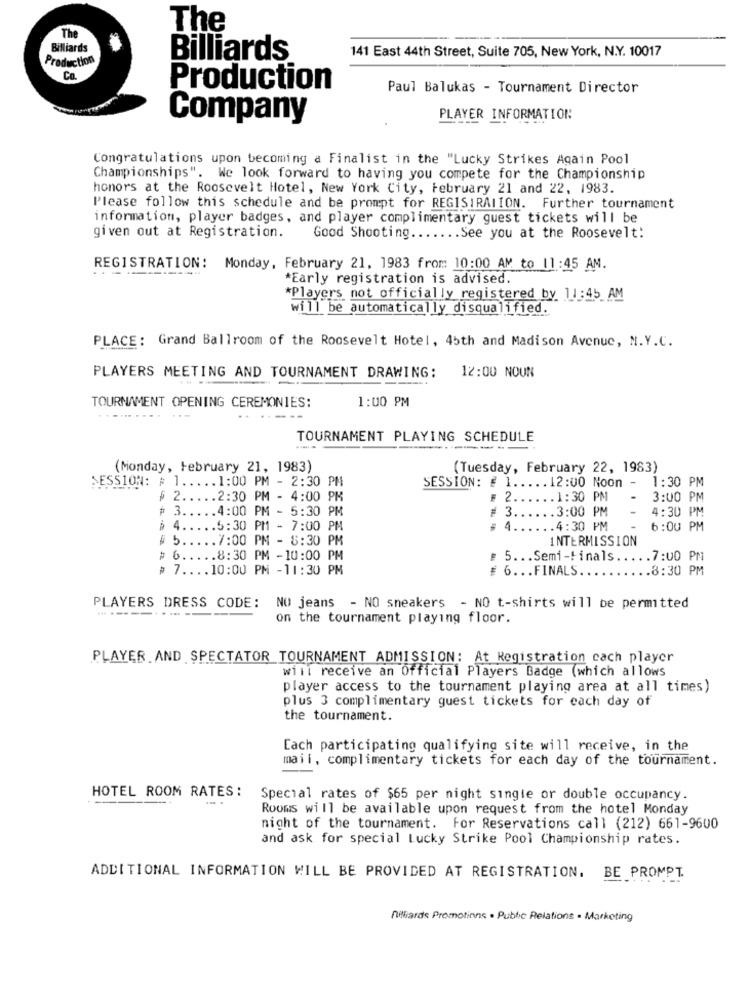
The
The
Billiards
141 East 44th Street, Suite 705, New York, N.Y. 10017
Production
Billiards
Co.
Production
Paul Balukas - Tournament Director
Company
PLAYER INFORMATION
Congratulations upon becoming a Finalist in the "Lucky Strikes Again Pool
Championships". We look forward to having you compete for the Championship
honors at the Roosevelt Hotel, New York City, February 21 and 22, 1983.
Please follow this schedule and be prompt for REGISIRATION. Further tournament
information, player badges, and player complimentary guest tickets will be
given out at Registration.
Good Shooting
See you at the Roosevelt:
REGISTRATION: Monday, February 21, 1983 from 10:00 AM to 11:45 AM.
*Early registration is advised.
*Players not officially registered by 11:45 AM
will be automatically disqualified.
PLACE: Grand Ballroom of the Roosevelt Hotel, 45th and Madison Avenue, N.Y.C.
12:00 NOUN
PLAYERS MEETING AND TOURNAMENT DRAWING:
1:00 PM
TOURNAMENT OPENING CEREMONIES:
.......... ..-
...---
TOURNAMENT PLAYING SCHEDULE
(Monday, February 21, 1983)
(Tuesday, February 22, 1983)
SESSION: # 1 ..... 1:00 PM - 2:30 PM
. 12:00 Noon
-
1:30 PM
SESSION: # 1 ..
₱ 2 ..... 2:30 PM - 4:00 PM
# 2 ..
.1:30 PM
3:00 PM
# 3.
4:00 PM - 5:30 PM
# 3 ..
.3:00 PM
4:30 PM
$ 4.
.5:30 PM - 7:00 PM
# 4
4:30 PM
6:00 PM
$ 5.
.7:00 PM - 8:30 PM
INTERMISSION
# 6.
.8:30 PM -10:00 PM
# 5 ... Semi-finals.
.. 7:00 PM
# 7 ..
.10:00 PM -11:30 PM
6. .. FINALS ..
.8:30 PM
PLAYERS DRESS CODE:
NO jeans - NO sneakers - NO t-shirts will be permitted
-----
on the tournament playing floor.
PLAYER AND SPECTATOR TOURNAMENT ADMISSION: At Registration cach player
will receive an Official Players Badge (which allows
player access to the tournament playing area at all times)
plus 3 complimentary guest tickets for each day of
the tournament.
Each participating qualifying site will receive, in the
mail, complimentary tickets for each day of the tournament.
HOTEL ROOM RATES :
Special rates of $65 per night single or double occupancy.
Rooms will be available upon request from the hotel Monday
night of the tournament. For Reservations call (212) 661-9600
and ask for special Lucky Strike Pool Championship rates.
ADDITIONAL INFORMATION WILL BE PROVIDED AT REGISTRATION. BE PROMPT.
fitfards Promotions . Public Relations . Marketing